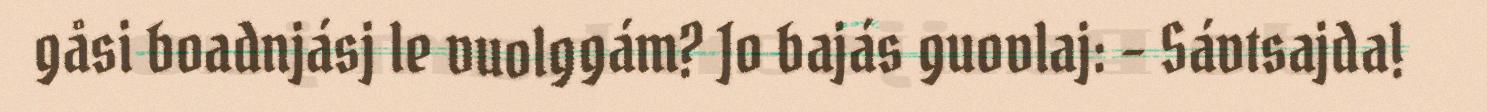
gåsi boadnjásj le vuolggám? Jo bajás guovlaj: – Sávtsajda!